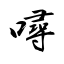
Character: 噚